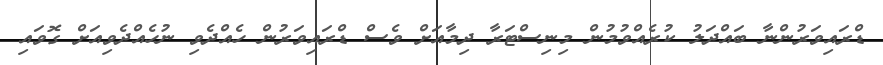
ޑްރައިވަރުންނާ ބައްދަލު ކުރެއްވުމުން މިނިސްޓަރާ ދިމާއަށް ވެސް ޑްރައިވަރުން ހެއްދެވި ނުހެއްދެވިއަށް ގޮވައި